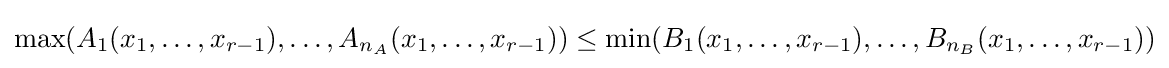
\max(A_{1}(x_{1},\dots ,x_{r-1}),\dots ,A_{n_{A}}(x_{1},\dots ,x_{r-1}))\leq \min(B_{1}(x_{1},\dots ,x_{r-1}),\dots ,B_{n_{B}}(x_{1},\dots ,x_{r-1}))